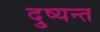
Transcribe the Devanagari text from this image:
दु्ष्यन्त